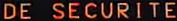
DE SECURITE